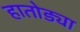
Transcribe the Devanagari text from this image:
हातोड्या